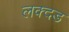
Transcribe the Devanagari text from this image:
लक्दड